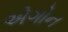
એગોન